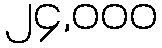
၂၄,၀၀၀